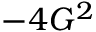
- 4 G ^ { 2 }